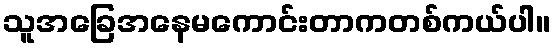
သူအခြေအနေမကောင်းတာကတစ်ကယ်ပါ။